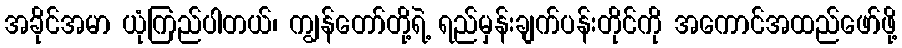
အခိုင်အမာ ယုံကြည်ပါတယ်၊ ကျွန်တော်တို့ရဲ့ ရည်မှန်းချက်ပန်းတိုင်ကို အကောင်အထည်ဖော်ဖို့